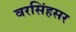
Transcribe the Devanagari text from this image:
वरसिंहसर